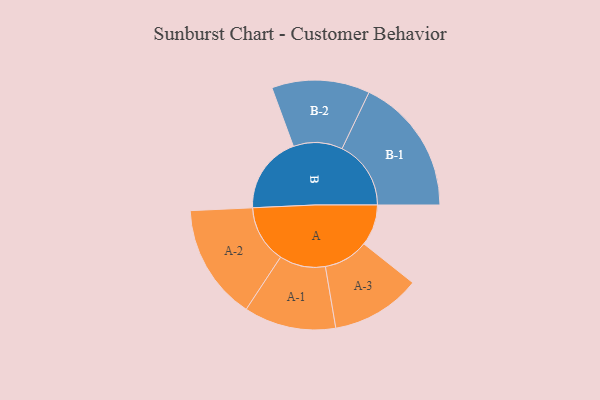
{"axis": {"x": "Segment", "y": "Value"}, "legend": ["", "A", "B"], "data": [{"x": "A", "y": 178, "type": ""}, {"x": "B", "y": 335, "type": ""}, {"x": "A-1", "y": 199, "type": "A"}, {"x": "A-2", "y": 250, "type": "A"}, {"x": "A-3", "y": 194, "type": "A"}, {"x": "B-1", "y": 298, "type": "B"}, {"x": "B-2", "y": 212, "type": "B"}]}